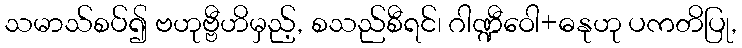
သမာသ်စပ်၍ ဗဟုဗ္ဗီဟိမှည့်, စသည်စီရင်၊ ဂါဏ္ဍီဝေါ+ဓနုဟု ပကတိပြု,